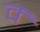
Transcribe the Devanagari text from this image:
क्‍